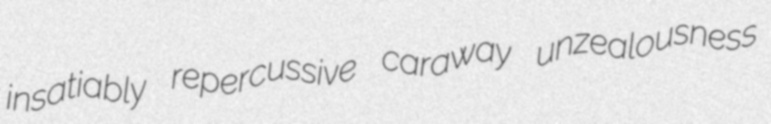
insatiably repercussive caraway unzealousness